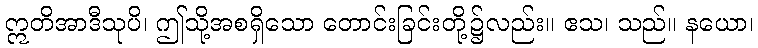
ဣတိအာဒီသုပိ၊ ဤသို့အစရှိသော တောင်းခြင်းတို့၌လည်း။ ဧသ၊ သည်။ နယော၊